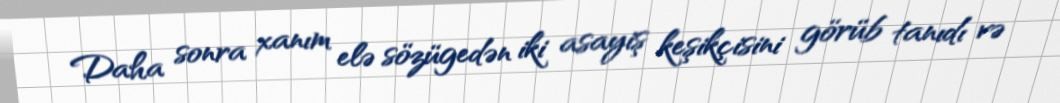
Daha sonra xanım elə sözügedən iki asayiş keşikçisini görüb tanıdı və